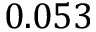
0 . 0 5 3